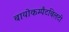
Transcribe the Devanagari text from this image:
बायोकम्पैटबिलटी